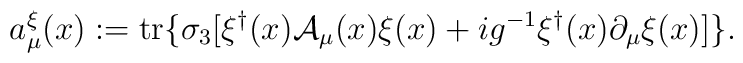
a_\mu^{\xi}(x) := {\rm tr}\{ \sigma_3 [\xi^\dagger(x) {\cal A}_\mu(x) \xi(x) + i g^{-1}\xi^\dagger(x) \partial_\mu \xi(x)] \} .